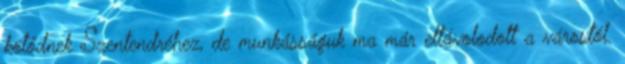
kötődnek Szentendréhez, de munkásságuk ma már eltávolodott a várostól.